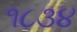
૧૮૩૪